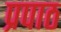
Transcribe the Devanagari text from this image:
प्रपाठ